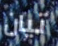
تيان